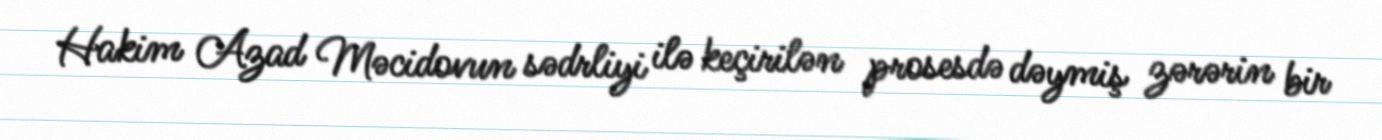
Hakim Azad Məcidovun sədrliyi ilə keçirilən prosesdə dəymiş zərərin bir